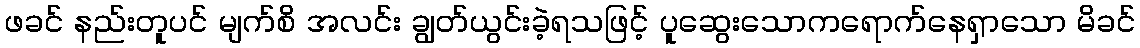
ဖခင် နည်းတူပင် မျက်စိ အလင်း ချွတ်ယွင်းခဲ့ရသဖြင့် ပူဆွေးသောကရောက်နေရှာသော မိခင်